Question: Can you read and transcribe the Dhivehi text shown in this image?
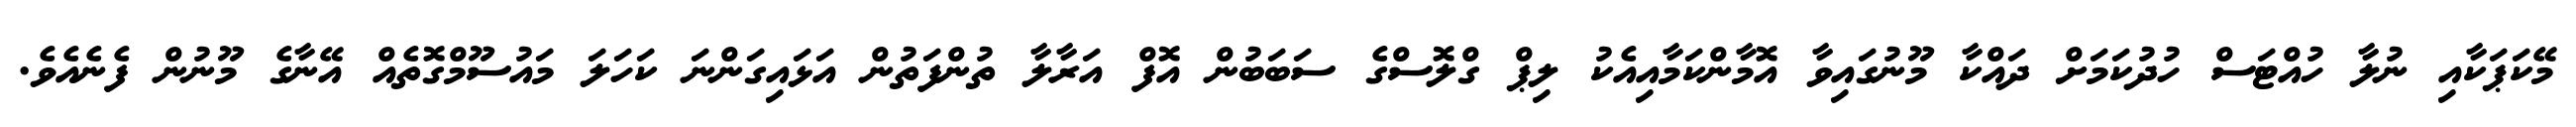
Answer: މޭކަޕަކާއި ނުލާ ހުއްޓަސް ހުދުކަމަށް ދައްކާ މޫނުގައިވާ އޮމާންކަމާއިއެކު ލިޕް ގްލޮސްގެ ސަބަބުން އޮފް އަރާލާ ތުންފަތުން އަޅައިގަންނަ ކަހަލަ މައުސޫމްގޮތެއް އޭނާގެ މޫނުން ފެނެއެވެ.